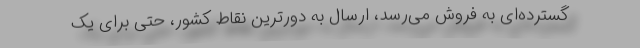
گسترده‌ای به فروش می‌رسد، ارسال به دورترین نقاط کشور، حتی برای یک